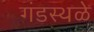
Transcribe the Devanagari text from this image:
गंडस्थळे